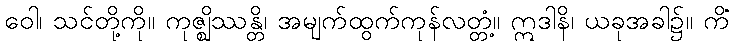
ဝေါ၊ သင်တို့ကို။ ကုဇ္ဈိဿန္တိ၊ အမျက်ထွက်ကုန်လတ္တံ့။ ဣဒါနိ၊ ယခုအခါ၌။ ကိံ